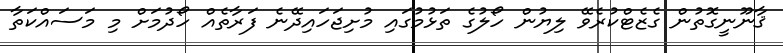
ޤާނޫނީގޮތުން ގެޒެޓްކުރެވޭ ލިޔުން ހޯލުގެ ތަޅުމުގައި މުށިޖަހައިދޭނެ ފަރާތެއް ހޯދުމަށް މި މަސައްކަތާ